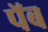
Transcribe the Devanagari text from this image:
पॅब